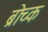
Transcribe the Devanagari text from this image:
ब्रोच्क